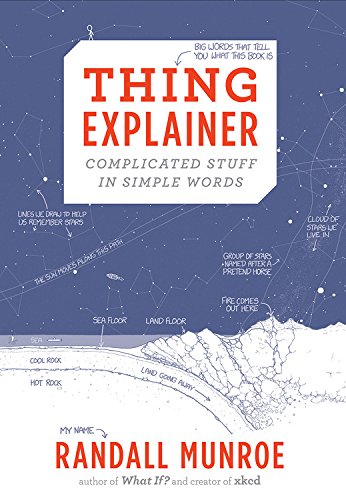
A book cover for Thing Explainer: Complicated Stuff in Simple Words; Randall Munroe; Humor & Entertainment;